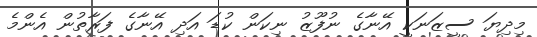
މިދިޔަ ސީޒަނަކީ އޭނާގެ ނުފޫޒު ނިކަން ކުޑަ އަދި އޭނާގެ ފަރާތުން އެންމެ